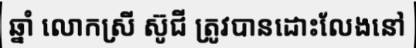
ឆ្នាំ លោកស្រី ស៊ូជី ត្រូវបានដោះលែងនៅ